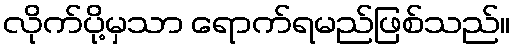
လိုက်ပို့မှသာ ရောက်ရမည်ဖြစ်သည်။